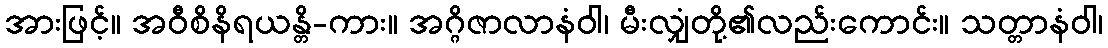
အားဖြင့်။ အဝီစိနိရယန္တိ-ကား။ အဂ္ဂိဇာလာနံဝါ၊ မီးလျှံတို့၏လည်းကောင်း။ သတ္တာနံဝါ၊